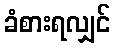
ခံစားရလျှင်